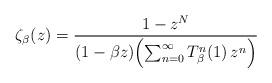
LaTeX: \begin{align*}\zeta_{\beta}(z) = \frac{1 - z^N}{(1 - \beta z)\Bigl(\sum_{n=0}^{\infty}T_{\beta}^{n}(1) \, z^n\Bigr)}\end{align*}